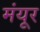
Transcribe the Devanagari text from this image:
मंयूर